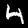
Label: 4